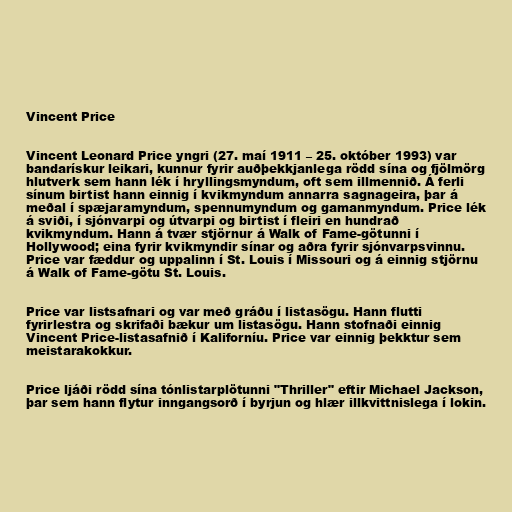
Vincent Price

Vincent Leonard Price yngri (27. maí 1911 – 25. október 1993) var
bandarískur leikari, kunnur fyrir auðþekkjanlega rödd sína og fjölmörg
hlutverk sem hann lék í hryllingsmyndum, oft sem illmennið. Á ferli
sínum birtist hann einnig í kvikmyndum annarra sagnageira, þar á
meðal í spæjaramyndum, spennumyndum og gamanmyndum. Price lék
á sviði, í sjónvarpi og útvarpi og birtist í fleiri en hundrað
kvikmyndum. Hann á tvær stjörnur á Walk of Fame-götunni í
Hollywood; eina fyrir kvikmyndir sínar og aðra fyrir sjónvarpsvinnu.
Price var fæddur og uppalinn í St. Louis í Missouri og á einnig stjörnu
á Walk of Fame-götu St. Louis.

Price var listsafnari og var með gráðu í listasögu. Hann flutti
fyrirlestra og skrifaði bækur um listasögu. Hann stofnaði einnig
Vincent Price-listasafnið í Kaliforníu. Price var einnig þekktur sem
meistarakokkur.

Price ljáði rödd sína tónlistarplötunni "Thriller" eftir Michael Jackson,
þar sem hann flytur inngangsorð í byrjun og hlær illkvittnislega í lokin.